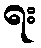
ရး